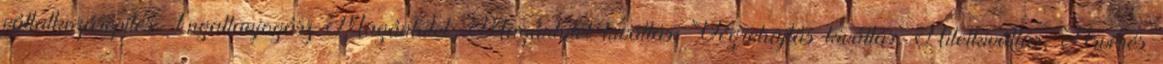
vállalkozásépítés Ingatlanjogász Magánhitel, Magánhitel kiváltás, Végrehajtás kiváltás, Hitelkiváltás, Árverés